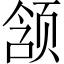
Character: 颔